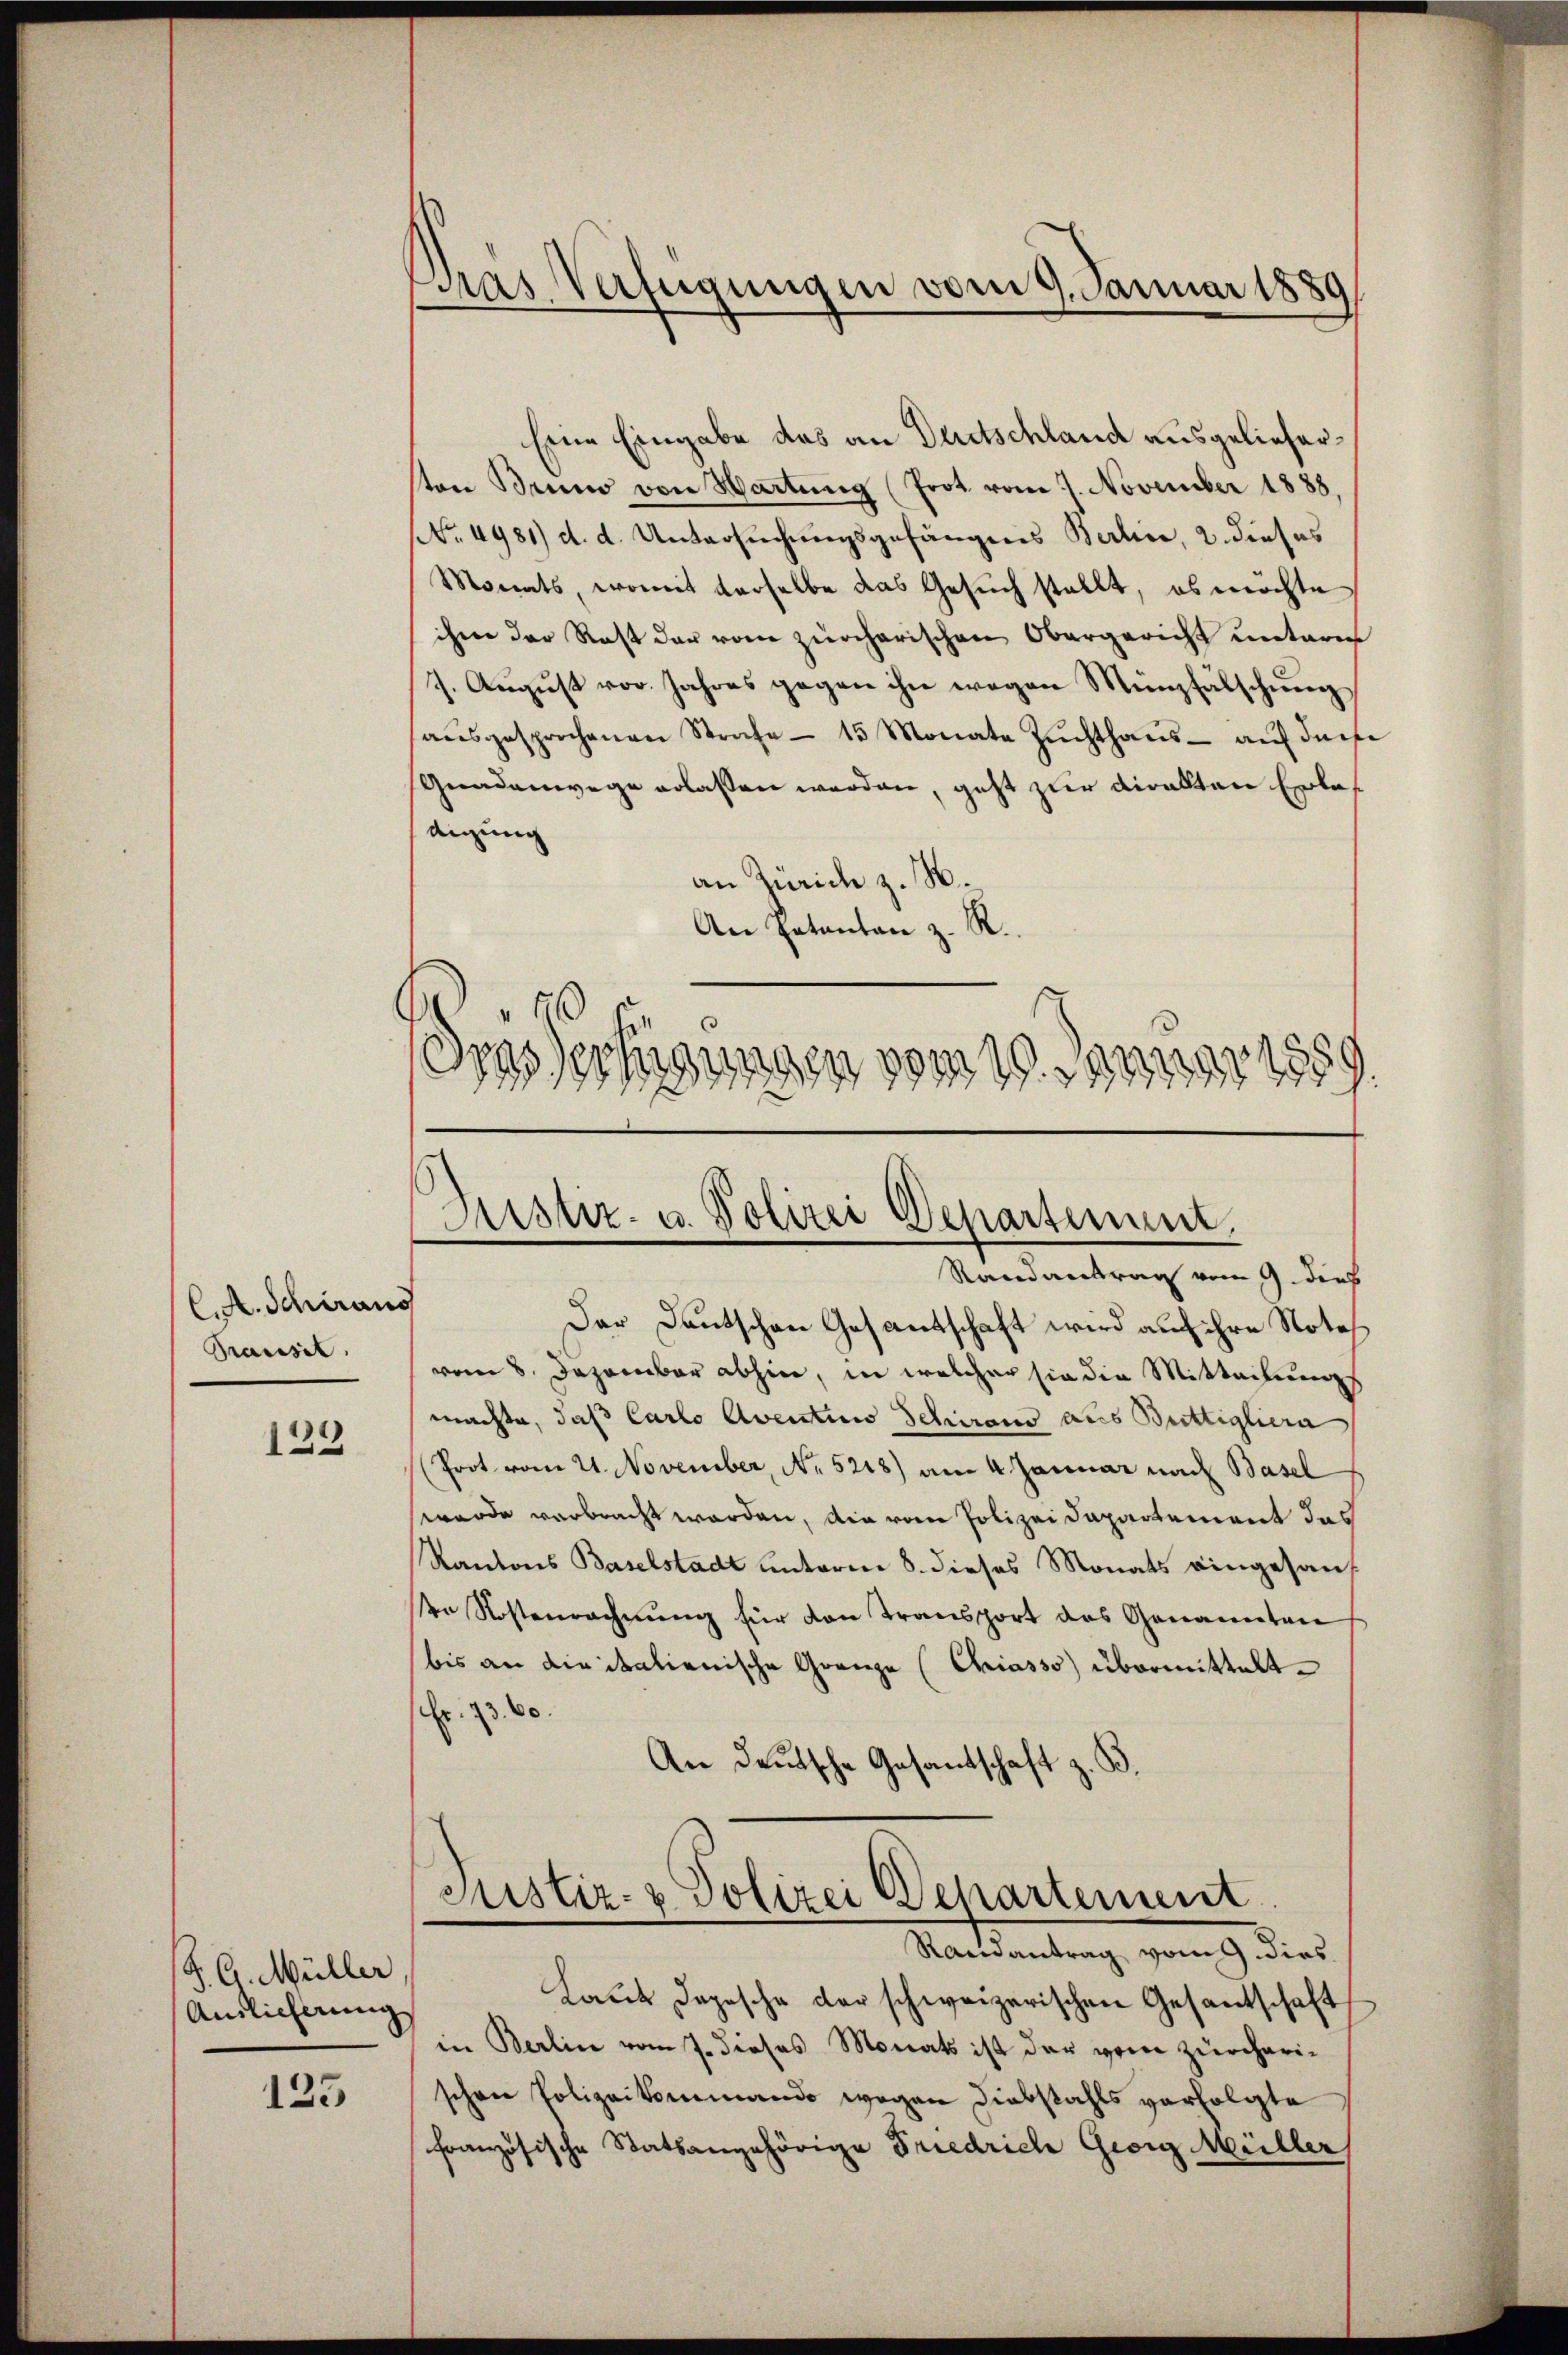
CA. Schiraus
Prasssil.

123

Z. G. Müller
Anslicherung

125

Das Verfügungen vom 9. Januar 1889
e

Eine Eingabe das an Deutschland ausgeliefersten Bruno von Hartung (Frot vom 7. November 1888,
NNo. 4981) d. d. Untersuchungsgefängnis Bern, 2. dieses
Monats, womit derselbe das Gesŭch stellt, es möchte
ihm der Rest der vom zürcherischen Obergericht unterm
7. August vor. Jahres gegen ihn wegen Münzfälschung
aŭsgesprochenen Strafe - 15 Monate Zŭchthaŭs aŭf darfe
Gnadenwege erlassen werden, geht zur Diralten Erletigung
an Zürich z. B.
An Catanton z. R.
46
des Verfügungen vom
. d.
1589.

Miser- u. Polizei Departement.
Randantrag vom 9. dies

Der Deutschen Gesantschaft wird auf ihre Noteh
vom 8. Dezember abhin, in welcher sie die Mitteilungs
machte, daß Carlo Aventius Schirend aus Buttigliera
(Prot vom 21. November, No. 5218) am 4. Januar nach Basel
wurde verbracht worden, die vom Polizei Departement das
Kantons Baselstadt unterm 8. dieses Monats eingesaner Kostenrechnung für den Transport des Genannten
bis an die italienische Gränze (Chriasso) übermittelt.
Fr. 230.
An Deutsche Gesantschaft z. B.

Justiz- & Polizei Departement
Rainantrag vom 9. dies

Laut Depesche der schweizerischen Gesantschaft
in Berlin vom 7. dieses Monats ist der vom zürcherischen Polizeikommando wegen Diebstahls verfolgte
französische Statsangehörige Friedrich Georg Müller